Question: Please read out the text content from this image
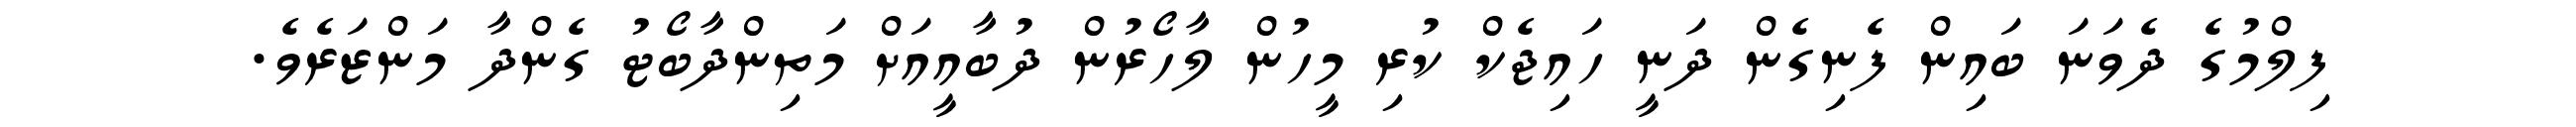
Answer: ފިލްމުގެ ދެވަނަ ބައިން ފެނިގެން ދަނީ ހައިޖެކް ކުރި މީހުން ލާހޯރުން ދުބާއީއަށް މަތިންދާބޯޓު ގެންދާ މަންޒަރެވެ.